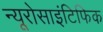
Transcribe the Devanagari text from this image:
न्यूरोसाइंटिफिक